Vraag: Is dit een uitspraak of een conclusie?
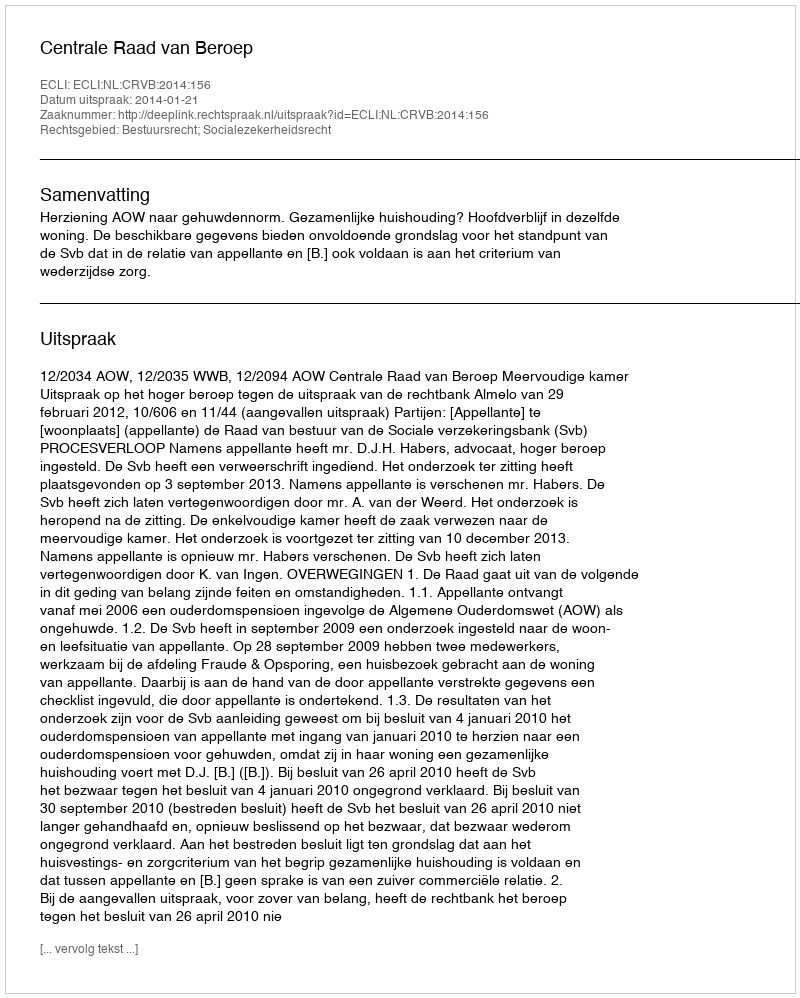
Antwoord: Uitspraak